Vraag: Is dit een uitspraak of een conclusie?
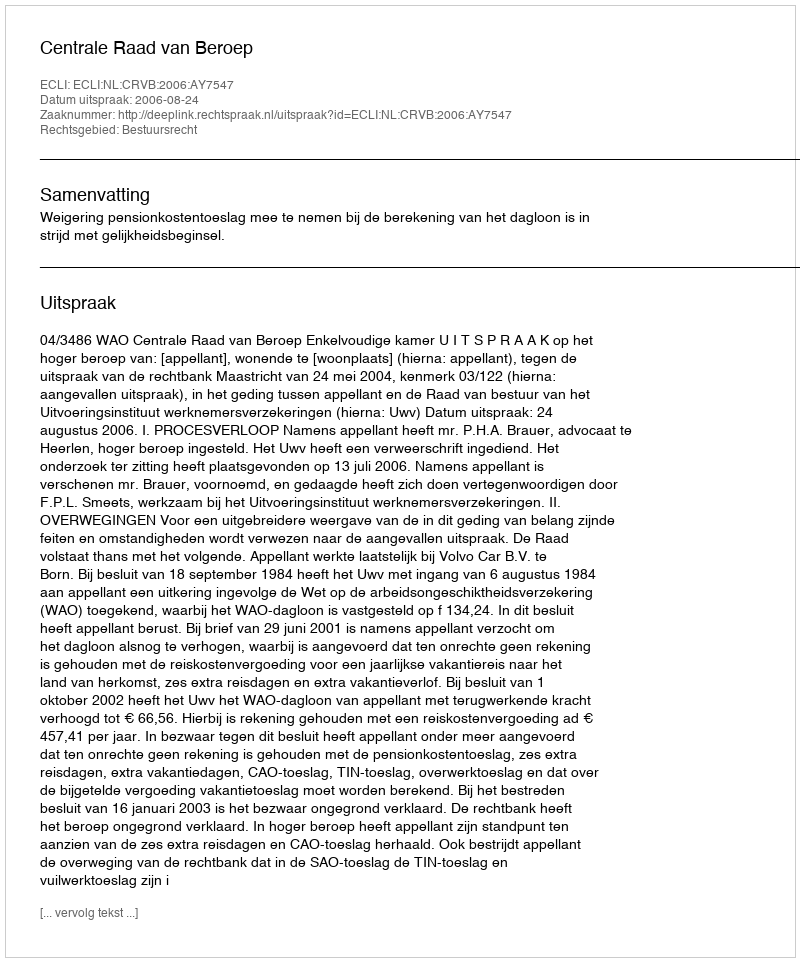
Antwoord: Uitspraak